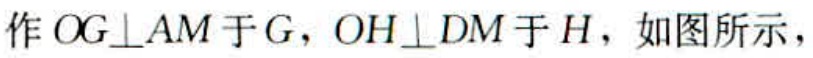
作 \(OG\perp AM\) 于 \(G\)，\(OH\perp DM\) 于 \(H\)，如图所示，